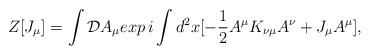
LaTeX: \begin{align*}Z [J_\mu] = \int {\cal D} A_\mu exp \,i \int d^2 x [- {1 \over 2} A^\mu K_{\nu \mu} A^\nu + J_\mu A^\mu],\end{align*}